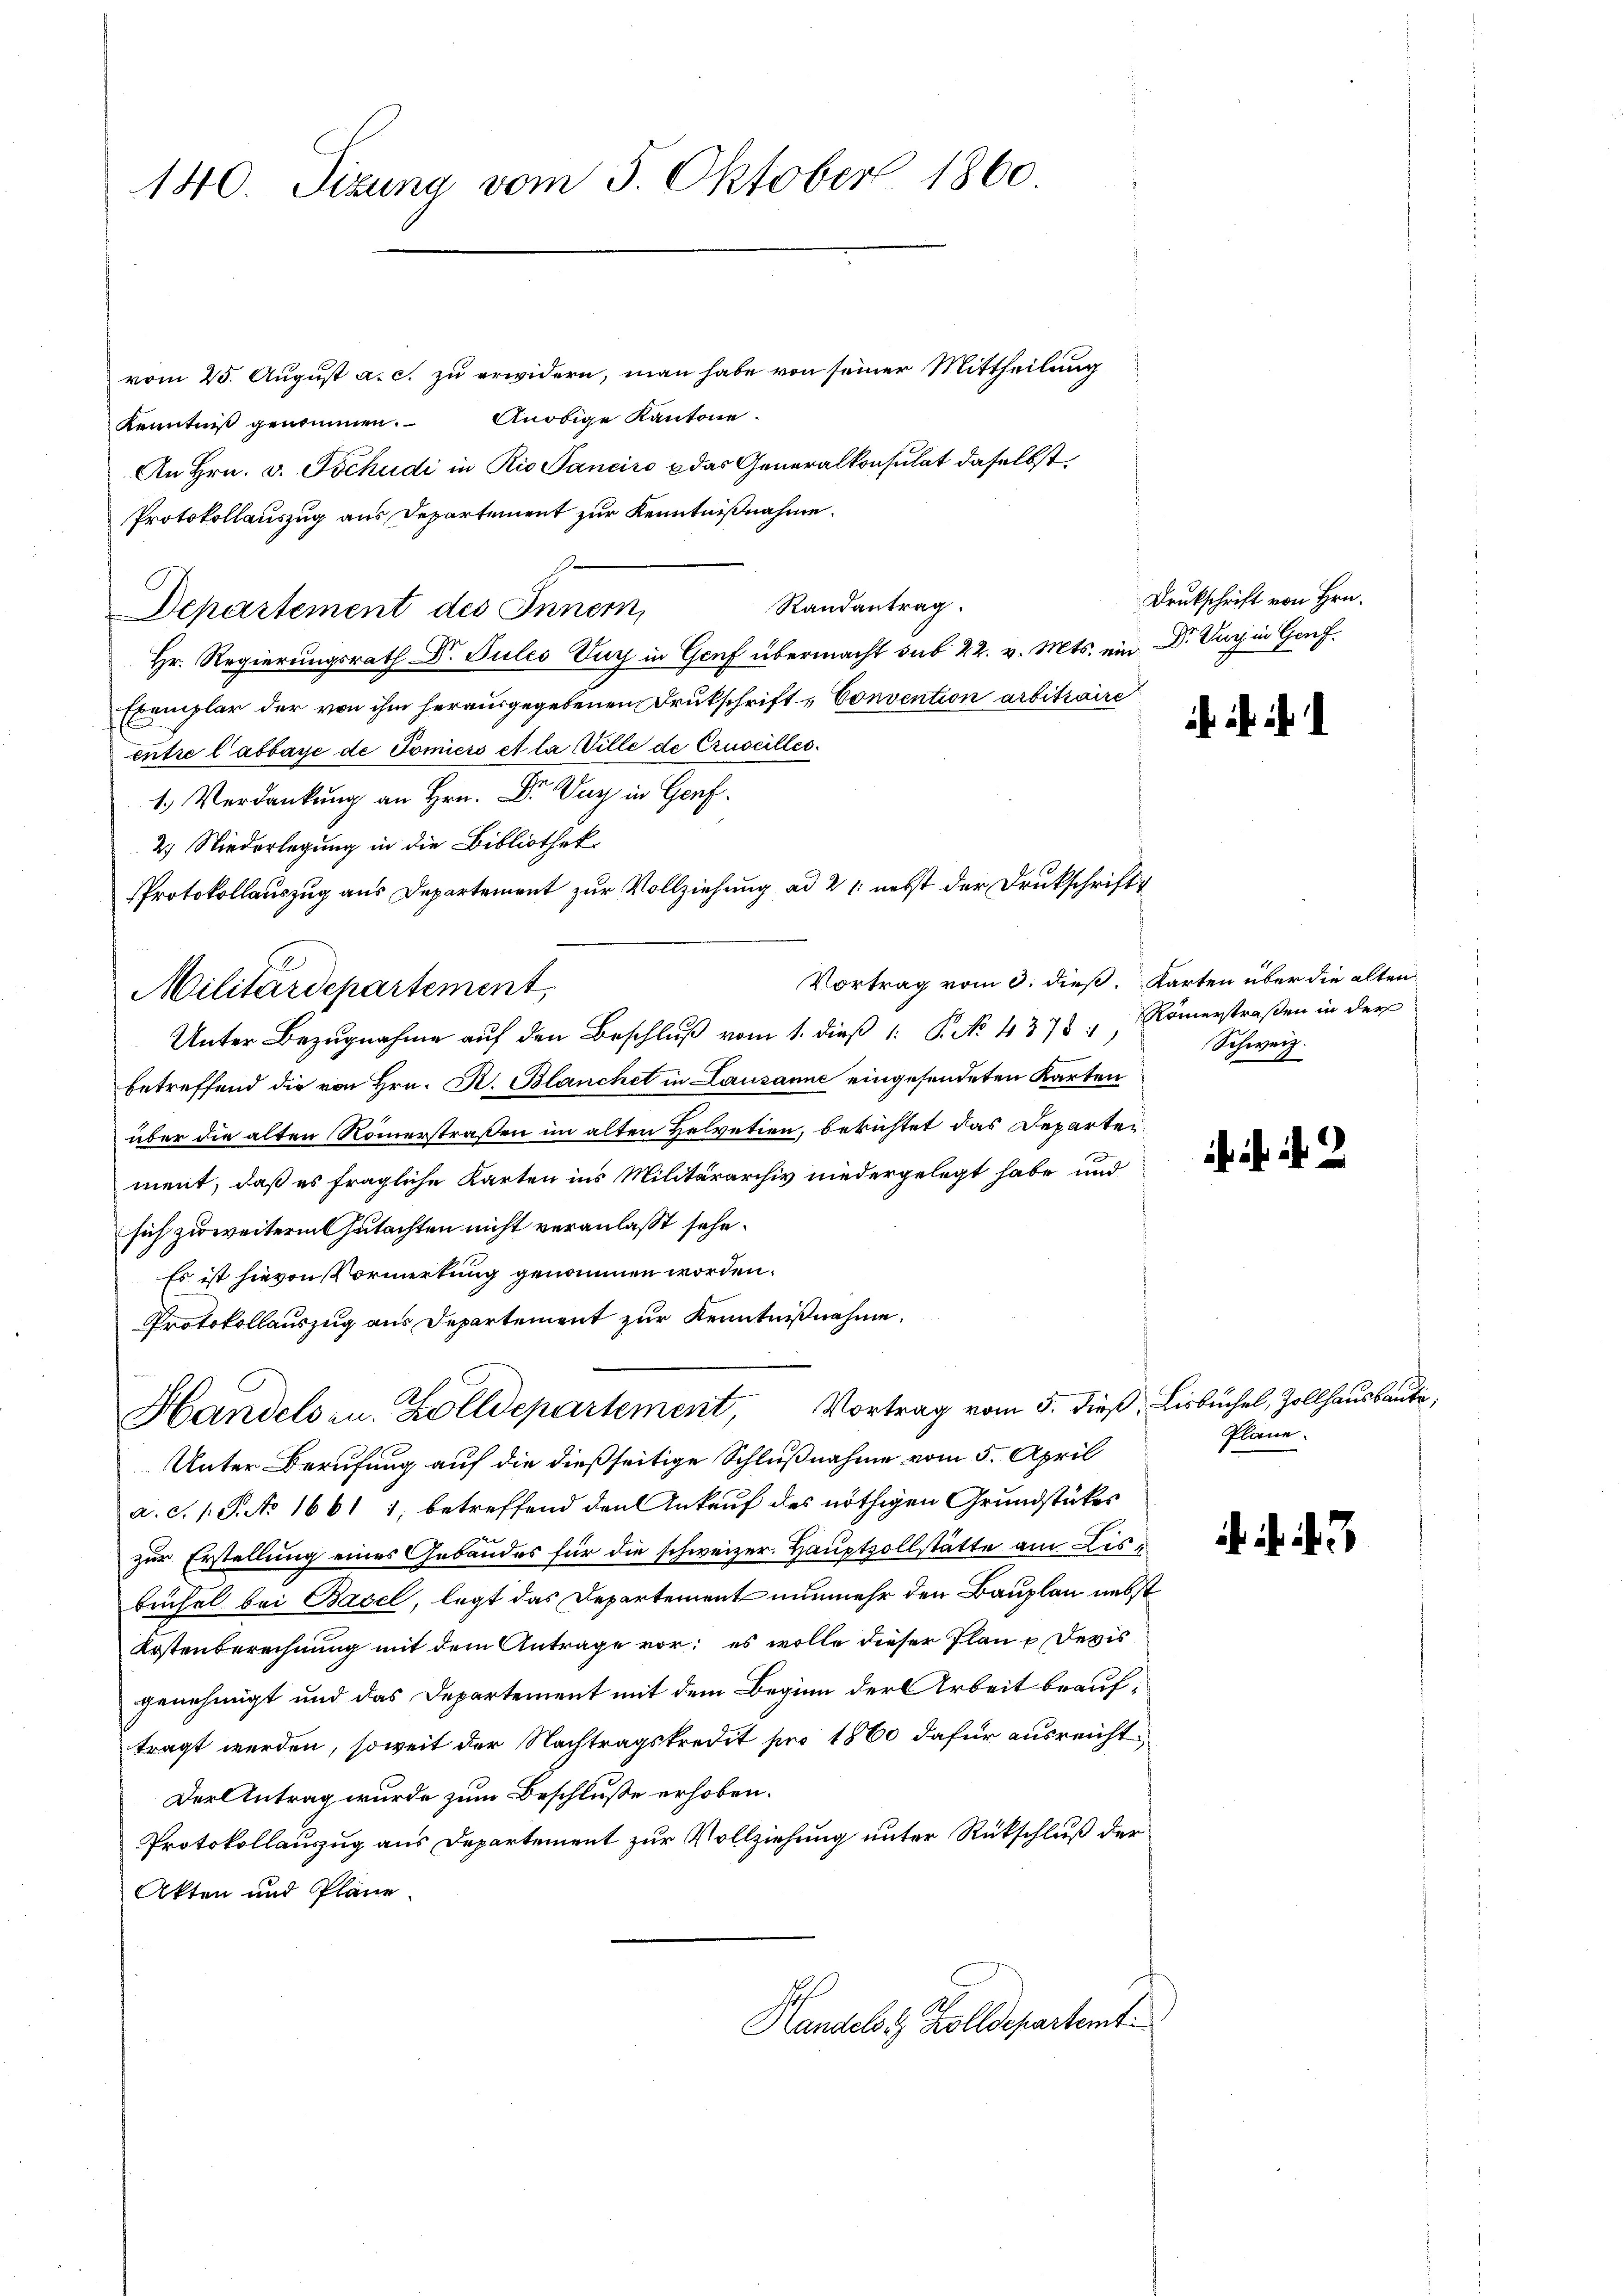
140. Sizung vom 5. Oktober 1860

vom 25. August a. c. zu erwidern, man habe von seiner Mittheilung
Kenntniß genommen. Anobige Kantone.
An Hrn. v. Tschudi in Rio Sanciro u das Generalkonsulat daselbst,
Protokollauszug aus Departement zur Kenntnißnahme.
Randantrag.
Departement des Inner,
Hr. Regierungsrath Dr. Jules Tag in Genf übermacht sub 22. v. Mts. ein Dr. Zug in Genf.
Exemplar der von ihm herausgegebenen Drukschrift-Convention arbitraire
entre labbaye de Tomiers et la Wille de Cruseilles
.
2.) Niederlegung in die Bibliothek
Protokollauszug aus Departement zur Vollziehung ad 21. nebst der Drukschrift
Vortrag vom 3. dieß Karten über die alten
Militärdepartement
Unter Bezugnahme auf den Beschluß vom 1. dieß  P. No 4378; Römerstraßen in der
betreffend die von Hrn. R. Blanchet in Lausanne eingesendeten Karten
über die alten Römerstraßen im alten Helvetien, beristet das Departeiment, daß es fragliche Karten ins Militärarchiv niedergelegt habe und
sich zu weiterm Gutachten nicht veranlasst sehe.
Es ist hievon Vormerkung genommen worden.
Protokollauszug aus Departement zur Kenntnißnahme.

Unter Berufung auf die dießseitige Schlußnahme vom 5. April
a. d. 1 S. No 1661 1, betreffend den Ankauf des nöthigen Grundstükes
zur Erstellung eines Gebäudes für die schweizer. Hauptvollstätte am Lisbüchel bei Basel, legt das Departement nunmehr den Bauplan nebst
Kostenberechnung mit dem Antrage vor; es wolle dieser Plane Devis
genehmigt und das Departement mit dem Beginn der Arbeit beauftragt werden, soweit der Nachtragskredit pro 1860 dafür ausreicht¬
Der Antrag wurde zum Beschluße erhoben.
Protokollauszug aus Departement zur Vollziehung unter Rückschluß der
Akten und Pläne
Handelst Zolldepartemt

Handels- u. Zolldepartement,

Drukschrift von Hrn.

Schweiz.

Vortrag vom 5. dieß, Lisbüchel, Zollhausbaute,
Plane.

. . .

i . . 3